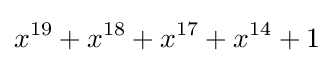
x^{19}+x^{18}+x^{17}+x^{14}+1